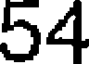
54